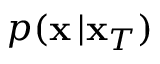
p ( \mathbf { x } \, | \mathbf { x } _ { T } )